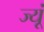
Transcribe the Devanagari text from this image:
ज्यूं